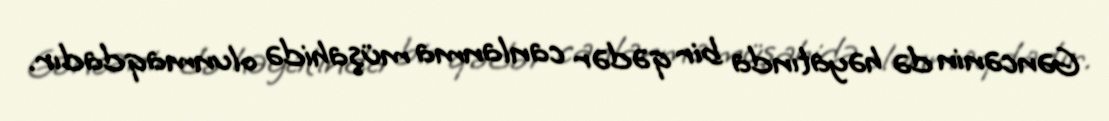
Gəncənin də həyatında bir qədər canlanma müşahidə olunmaqdadır.